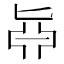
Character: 𠤛